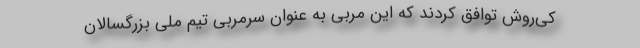
کی‌روش توافق کردند که این مربی به عنوان سرمربی تیم ملی بزرگسالان